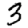
Digit: 3